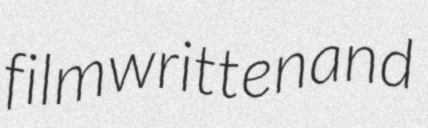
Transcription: film written and